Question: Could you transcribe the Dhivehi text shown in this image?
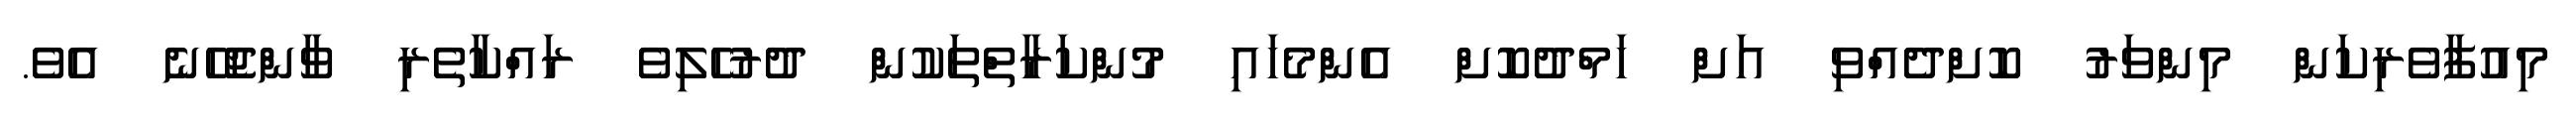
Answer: މިއުފާވެރިކަން މިންވަރު ކޮށްދެއްވި އަށް ހަމްދުކޮށް އެންމެހައި މުންކަރާތްތަކުން ދުރުހެލިވެ ރައްކާތެރި ވާންޖެހޭނެ އެވެ.